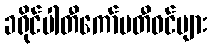
ခရိုင်ပါတီကော်မတီဝင်များ